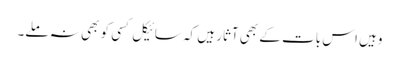
وہیں اس بات کے بھی آثار ہیں کہ سائیکل کسی کو بھی نہ ملے۔